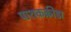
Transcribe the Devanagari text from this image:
पाशकक्रीडा